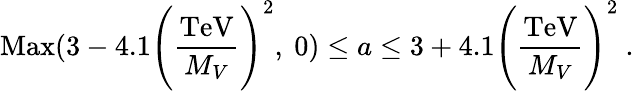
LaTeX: \mathrm{Max}(3-4.1\Biggl({\frac{\mathrm{TeV}}{M_{V}}}\Biggr)^{2},\ 0)\leq a\leq 3+4.1\Biggl({\frac{\mathrm{TeV}}{M_{V}}}\Biggr)^{2}\ .